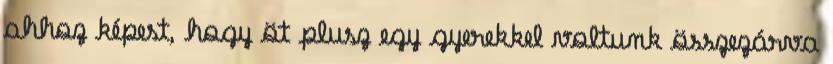
ahhoz képest, hogy öt plusz egy gyerekkel voltunk összezárva